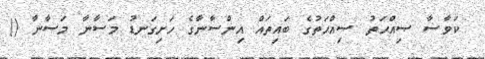
ކަވާސާ ޞިއްޙަތު ޞިއްޙަތުގެ ބައިތައް އިންސާނާގެ ހަށިގަނޑު މަސާނާ މަސާނާ ()